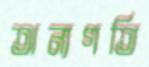
অন্যগতি